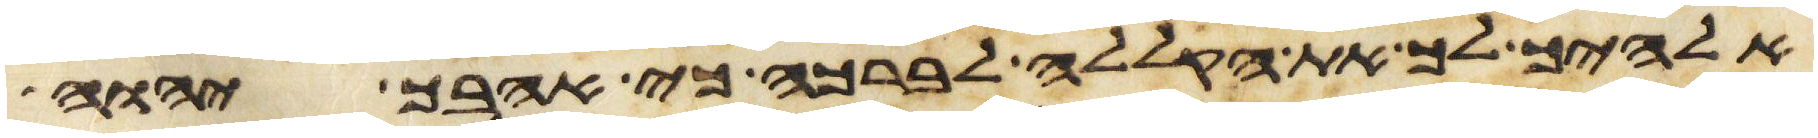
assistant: אלהיך לך את הקללה לברכה כי אהבך יהוה